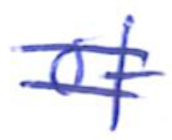
Text: of
Cross-out: double-line
Writing tool: ballpoint